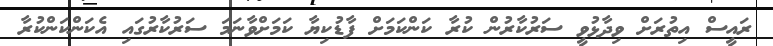
ރައީސް އިތުރަށް ވިދާޅުވީ ސަރުކާރުން ކުރާ ކަންކަމަށް ފާޑުކިޔާ ކަމަށްވާނަމަ ސަރުކާރުގައި އެކަންކަންކުރާ